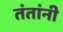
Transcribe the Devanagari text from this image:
तंतांनी